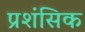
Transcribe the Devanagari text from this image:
प्रशंसिक